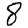
Digit: 8